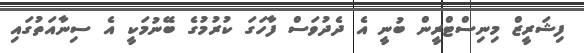
ފިޝަރީޒް މިނިސްޓްރީން ބުނީ އެ ދެދުވަސް ފާހަގަ ކުރުމުގެ ބޭނުމަކީ އެ ސިނާއަތުގައި